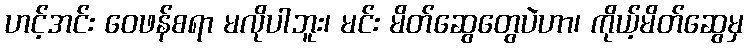
ဟင့်အင်း ဝေဖန်စရာ မလိုပါဘူး၊ မင်း မိတ်ဆွေတွေပဲဟာ၊ ကိုယ့်မိတ်ဆွေမှ